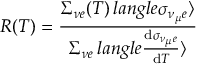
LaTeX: R ( T ) = \frac { \Sigma _ { { \nu } e } ( T ) \, l a n g l e \sigma _ { { \nu _ { \mu } } e } \rangle } { \Sigma _ { { \nu } e } \, l a n g l e \frac { \mathrm { d } \sigma _ { { \nu _ { \mu } } e } } { \mathrm { d } T } \rangle }